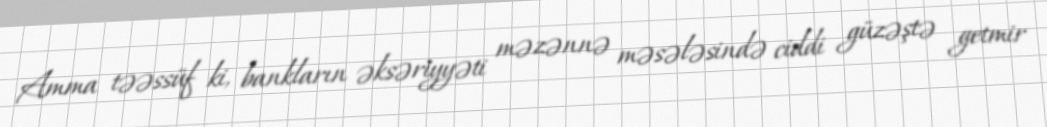
Amma təəssüf ki, bankların əksəriyyəti məzənnə məsələsində ciddi güzəştə getmir